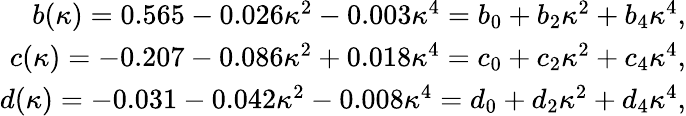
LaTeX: \begin{array}{r}{b(\kappa)=0.565-0.026\kappa^{2}-0.003\kappa^{4}=b_{0}+b_{2}\kappa^{2}+b_{4}\kappa^{4},}\\ {c(\kappa)=-0.207-0.086\kappa^{2}+0.018\kappa^{4}=c_{0}+c_{2}\kappa^{2}+c_{4}\kappa^{4},}\\ {d(\kappa)=-0.031-0.042\kappa^{2}-0.008\kappa^{4}=d_{0}+d_{2}\kappa^{2}+d_{4}\kappa^{4},}\end{array}